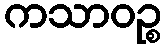
ကသာဝဉ္စ